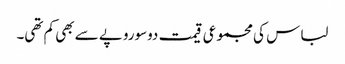
لباس کی مجموعی قیمت دوسوروپے سے بھی کم تھی۔